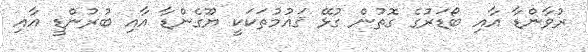
ރުވާންޑާ އާއި ބޯޑަރުގެ ގޮތުން ގުޅޭ ޤައުމުތަކަކީ ޔޫގެންޑާ އާއި ބުރުންޑީ އާއި